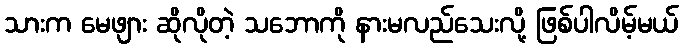
သားက မေဖျား ဆိုလိုတဲ့ သဘောကို နားမလည်သေးလို့ ဖြစ်ပါလိမ့်မယ်